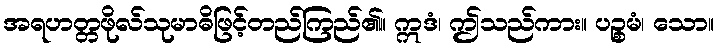
အရဟတ္တဖိုလ်သုမာဓိဖြင့်တည်ကြည်၏။ ဣဒံ၊ ဤသည်ကား။ ပဉ္စမံ၊ သော။